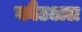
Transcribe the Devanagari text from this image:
कौउअल